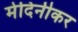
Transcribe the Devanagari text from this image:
मेदिनीकर